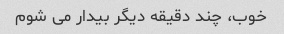
خوب، چند دقیقه دیگر بیدار می شوم